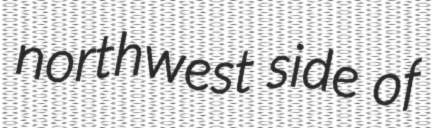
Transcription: northwest side of